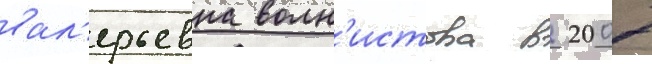
вал'ерьевна волн'истова в 2007